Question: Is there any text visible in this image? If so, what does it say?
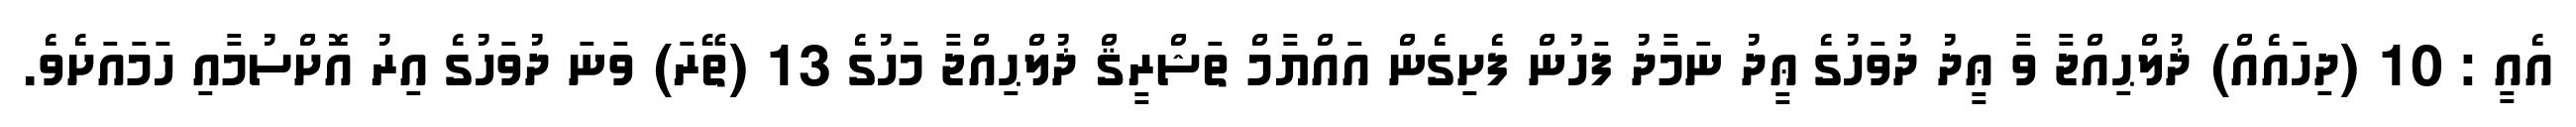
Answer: އެއީ : 10 (ދިހައެއް) ޛުލްޙިއްޖާ ވާ ޢީދު ދުވަހުގެ ޢީދު ނަމާދު ފަހުން ފެށިގެން އައްޔާމް ތަޝްރީޤް ޛުލްޙިއްޖާ މަހުގެ 13 (ތޭރަ) ވަނަ ދުވަހުގެ އިރު އޮށްސުމާއި ހަމައަށެވެ.